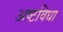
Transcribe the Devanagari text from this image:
अष्टविधा